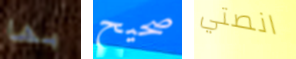
بها صحيح انصتي